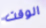
الوقت